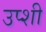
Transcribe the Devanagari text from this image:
उप्शी